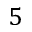
5